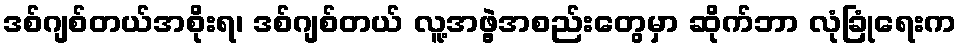
ဒစ်ဂျစ်တယ်အစိုးရ၊ ဒစ်ဂျစ်တယ် လူ့အဖွဲ့အစည်းတွေမှာ ဆိုက်ဘာ လုံခြုံရေးက